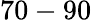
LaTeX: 70-90